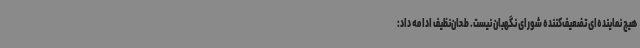
هیچ نماینده‌ای تضعیف‌کننده شورای نگهبان نیست. طحان‌نظیف ادامه داد: